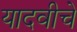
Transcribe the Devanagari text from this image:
यादवीचे